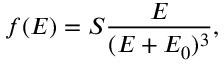
f ( E ) = S \frac { E } { ( E + E _ { 0 } ) ^ { 3 } } ,